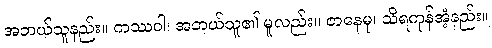
အဘယ်သူနည်း။ ကဿဝါ၊ အဘယ်သူ၏ မူလည်း။ ဇာနေမု၊ သိရကုန်အံ့နည်း။